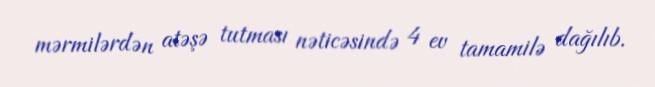
mərmilərdən atəşə tutması nəticəsində 4 ev tamamilə dağılıb.